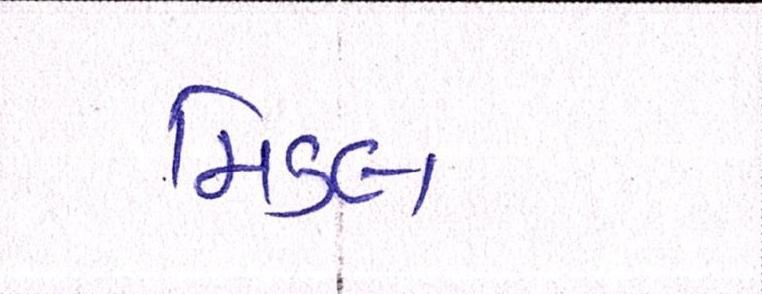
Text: મિડલ